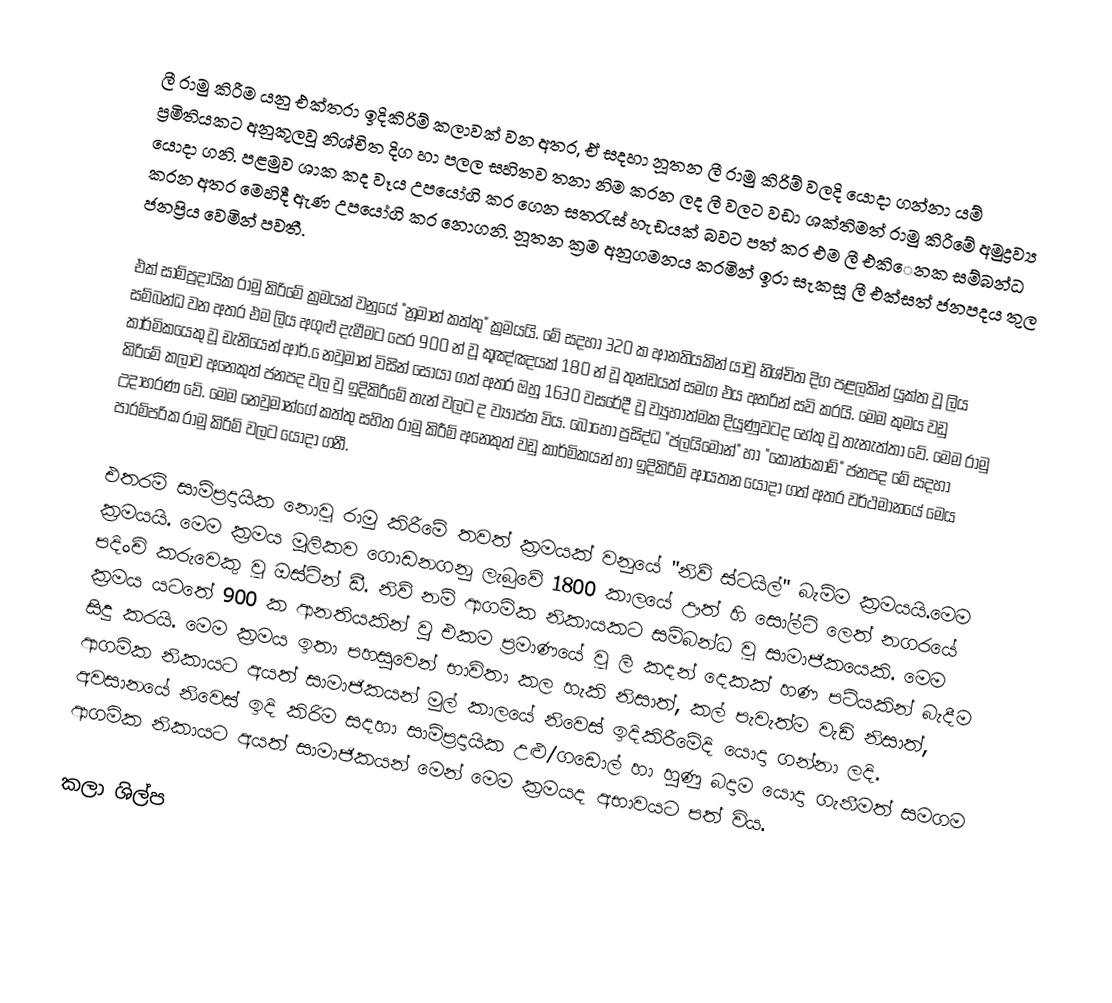
ලී රාමු කිරීම යනු එක්තරා ඉදිකිරිම් කලාවක් වන අතර, ඒ සදහා නූතන ලී රාමු කිරිම් වලදි යොදා ගන්නා යම් ප්‍රමිතියකට අනුකූලවූ නිශ්චිත දිග හා පලල සහිතව තනා නිම කරන ලද ලී වලට වඩා ශක්තිමත් රාමු කිරීමේ අමුද්‍රව්‍ය යොදා ගනි. පළමුව ශාක කද වෑය උපයෝගි කර ගෙන සතරැස් හැඩයක්  බවට පත් කර එම ලී එකි‍‍‍ෙනක  සම්බන්ධ කරන අතර මෙහිදී ඇණ උපයෝගි කර නොගනි. නූතන ක්‍රම අනුගමනය කරමින් ඉරා සැකසූ ලී එක්සත් ජනපදය තුල ජනප්‍රිය වෙමින් පවතී.

එක් සාම්ප්‍රදායික රාමු කිරිමේ ක්‍රමයක් වනුයේ "නූමාන් කත්තු" ක්‍රමයයි. මේ සදහා 320 ක ආනතියකින් යාවු නිශ්චිත  දිග පළලකින් යුක්ත වූ ලිය සම්බන්ධ වන අතර එම ලිය අගුළු  දැමීමට පෙර 900 න් වූ  කූඤ්ඤයක් 180  න් වූ තුන්ඩයත් සමග එය අතරින් සවි කරයි. මෙම කුමය වඩු කාර්මිකයෙකු වූ ඩැනියෙන් ආර්. ‍ෙනවුමාන් විසින් සොයා ගත් අතර ඔහු 1630  වසරේදී වූ  ව්‍යුහාත්මක දියුණුවටද හේතු වූ තැනැත්තා වේ. මෙම රාමු කිරිමේ කලාව අනෙකුත් ජනපද වල වු ඉදිකිරීමේ තැන් වලට ද  ව්‍යාප්ත විය. බොහෝ ප්‍රසිද්ධ "ප්ලයිමෙ‍ාන්" හා "කොන්කෝඩ්" ජනපද මේ සදහා උදාහරණ වේ. මෙම නෙවුමාන්ගේ කත්තු සහිත රාමු කිරීම් අනෙකුත් වඩු කාර්මිකයන් හා ඉදිකිරිම් ආයතන යොදා ගත් අතර වර්ථමානයේ මෙය පාරම්පරික රාමු කිරිම් වලට යොදා ගනී.

එතරම් සාම්ප්‍රදායික නොවූ රාමු කිරීමේ තවත් ක්‍රමයක් වනුයේ "නිව් ස්ටයිල්" බැම්ම ක්‍රමයයි.‍මෙම ක්‍රමයයි. මෙම ක්‍රමය මූලිකව ගොඩනගනු ලැබුවේ 1800 කාලයේ ඌත් හි සෝල්ට් ලෙත් නගරයේ පදිංචි කරුවෙකු වූ ඔස්ටින් ඩී. නිව් නම් ආගමික නිකායකට සම්බන්ධ වූ සාමාජිකයෙකි. මෙම ක්‍රමය යටතේ 900  ක ආනතියකින් වු එකම ප්‍රමාණයේ වූ ලි කදන් දෙකක් හණ පටියකින් බැදීම සිදු කරයි. මෙම ක්‍රමය ඉතා පහසුවෙන් භාවිතා කල හැකි නිසාත්, කල් පැවැත්ම වැඩි නිසාත්, ආගමික නිකායට අයත් සාමාජිකයන් මුල් කාලයේ නිවෙස් ඉදිකිරීමේදි යොදා ගන්නා ලදි. අවසානයේ නිවෙස් ඉදි කිරිම සදහා සාම්ප්‍රදායික උළු/ගඩොල් හා හුණු බදාම යොදා ගැනීමත් සමගම ආගමික නිකායට අයත් සාමාජිකයන් මෙන් මෙම ක්‍රමයද අභාවයට පත් විය.

කලා ශිල්ප